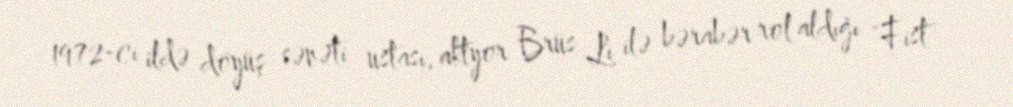
1972-ci ildə döyüş sənəti ustası, aktyor Brüs Li ilə bərabər rol aldığı "Fist